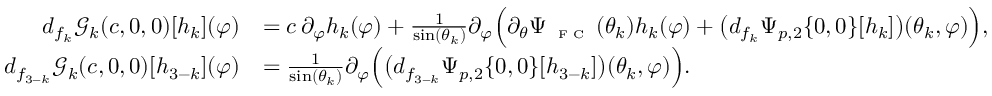
\begin{array} { r l } { d _ { f _ { k } } \mathscr { G } _ { k } ( c , 0 , 0 ) [ h _ { k } ] ( \varphi ) } & { = c \, \partial _ { \varphi } h _ { k } ( \varphi ) + \frac { 1 } { \sin ( \theta _ { k } ) } \partial _ { \varphi } \Big ( \partial _ { \theta } \Psi _ { \textnormal { \tiny { F C } } } ( \theta _ { k } ) h _ { k } ( \varphi ) + \big ( d _ { f _ { k } } \Psi _ { p , 2 } \{ 0 , 0 \} [ h _ { k } ] \big ) ( \theta _ { k } , \varphi ) \Big ) , } \\ { d _ { f _ { 3 - k } } \mathscr { G } _ { k } ( c , 0 , 0 ) [ h _ { 3 - k } ] ( \varphi ) } & { = \frac { 1 } { \sin ( \theta _ { k } ) } \partial _ { \varphi } \Big ( \big ( d _ { f _ { 3 - k } } \Psi _ { p , 2 } \{ 0 , 0 \} [ h _ { 3 - k } ] \big ) ( \theta _ { k } , \varphi ) \Big ) . } \end{array}